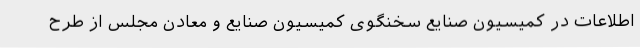
اطلاعات در کمیسیون صنایع سخنگوی کمیسیون صنایع و معادن مجلس از ‌طرح